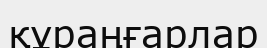
құраңғарлар